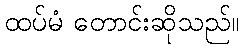
ထပ်မံ တောင်းဆိုသည်။